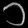
Digit: ၁